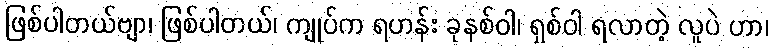
ဖြစ်ပါတယ်ဗျာ၊ ဖြစ်ပါတယ်၊ ကျုပ်က ရဟန်း ခုနစ်ဝါ၊ ရှစ်ဝါ ရလာတဲ့ လူပဲ ဟာ၊